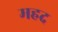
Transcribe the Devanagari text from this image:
महद